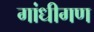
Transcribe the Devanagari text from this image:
गांधीगण